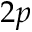
2 p